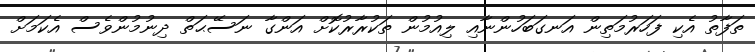
ތަފާތު އެކި ފަހަރުމަތިން އަނގަބަހުންނާއި ލިއުމުން ތަކުރާރުކޮށް އަންގާ ނަސޭޙަތް ދިނުމުންވެސް އެކަމަށް